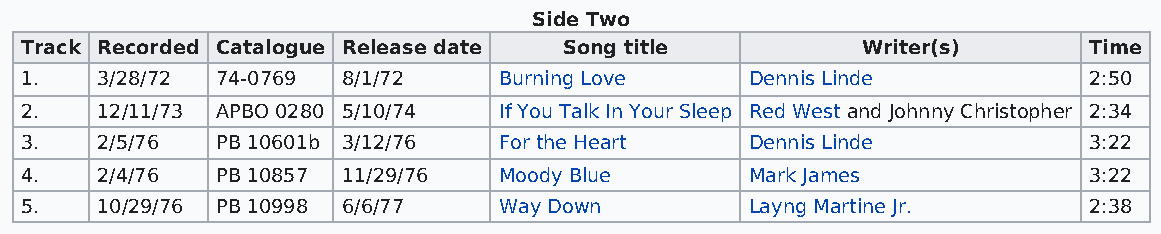
Side Two
 Track Recorded Catalogue Release date Song title        Writer(s)      Time
 1.   3/28/72 74-0769  8/1/72    Burning Love     Dennis Linde          2:50
 2.   12/11/73 APBO 0280 5/10/74 If You Talk In Your Sleep Red West and Johnny Christopher 2:34
 3.   2/5/76  PB 10601b 3/12/76  For the Heart    Dennis Linde          3:22
 4.   2/4/76  PB 10857 11/29/76  Moody Blue       Mark James            3:22
 5.   10/29/76 PB 10998 6/6/77   Way Down         Layng Martine Jr.     2:38